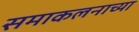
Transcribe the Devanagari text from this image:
समाकलनाच्या